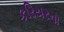
કરિયરના